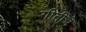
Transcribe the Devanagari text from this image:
गीतीचे